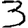
Digit: 3